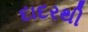
દાદરથી